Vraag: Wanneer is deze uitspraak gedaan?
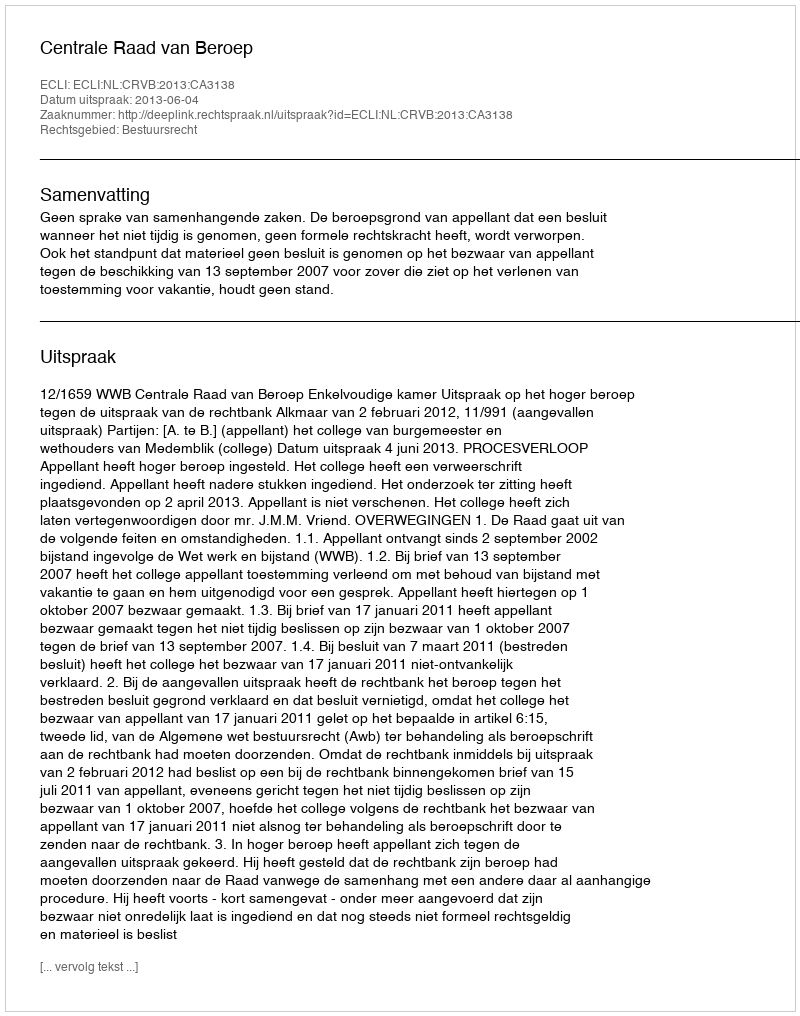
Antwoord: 2013-06-04